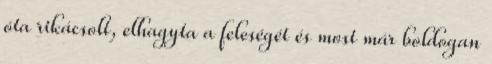
óta rikácsolt, elhagyta a feleségét és most már boldogan